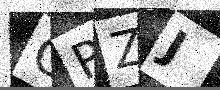
Text: OPZJ